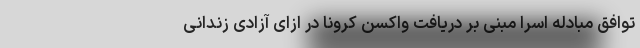
توافق مبادله اسرا مبنی بر دریافت واکسن کرونا در ازای آزادی زندانی